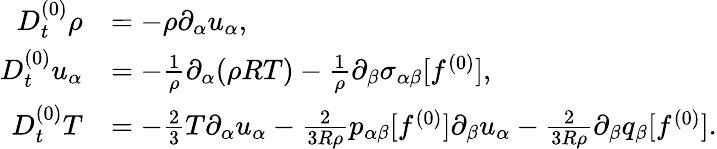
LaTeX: \begin{array}{rl}{D_{t}^{(0)}\rho}&{=-\rho\partial_{\alpha}u_{\alpha},}\\ {D_{t}^{(0)}u_{\alpha}}&{=-\frac{1}{\rho}\partial_{\alpha}(\rho RT)-\frac{1}{\rho}\partial_{\beta}\sigma_{\alpha\beta}[f^{(0)}],}\\ {D_{t}^{(0)}T}&{=-\frac{2}{3}T\partial_{\alpha}u_{\alpha}-\frac{2}{3R\rho}p_{\alpha\beta}[f^{(0)}]\partial_{\beta}u_{\alpha}-\frac{2}{3R\rho}\partial_{\beta}q_{\beta}[f^{(0)}].}\end{array}